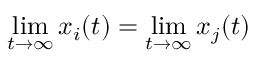
\operatorname* { l i m } _ { t \to \infty } x _ { i } ( t ) = \operatorname* { l i m } _ { t \to \infty } x _ { j } ( t )